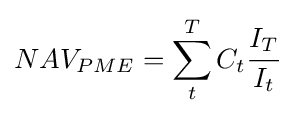
NAV_{PME}=\sum _{t}^{T}C_{t}{\cfrac {I_{T}}{I_{t}}}